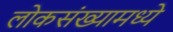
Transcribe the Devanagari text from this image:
लोकसंख्यामध्ये